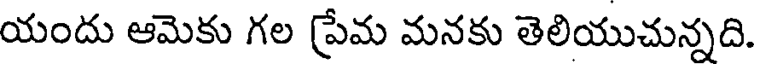
యందు ఆమెకు గల ప్రేమ మనకు తెలియుచున్నది.